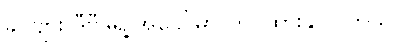
ခင်ဗျား ဒီဗီဒိုရဲ့ အပေါ်မှာ တင်ထားနိုင်ပါတယ်။